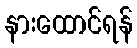
နားထောင်ရန်